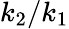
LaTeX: \displaystyle{k_{2}/k_{1}}